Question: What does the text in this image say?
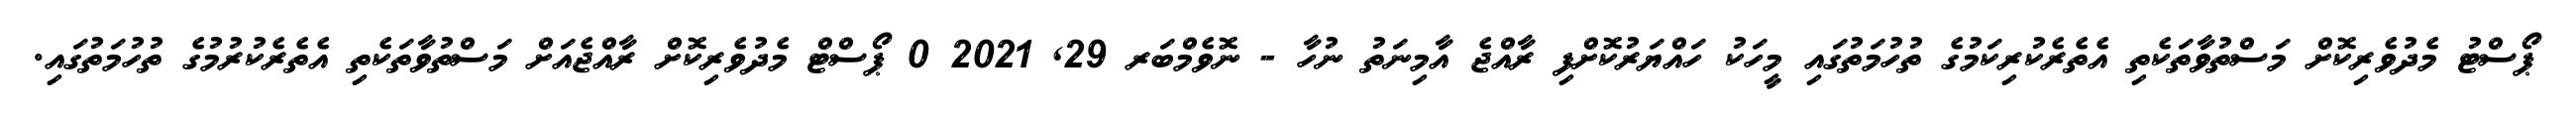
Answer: ޕޯސްޓު މެދުވެރިކޮށް މަސްތުވާތަކެތި އެތެރެކުރިކަމުގެ ތުހުމަތުގައި މީހަކު ހައްޔަރުކޮށްފި ރާއްޖެ އާމިނަތު ނުހާ - ނޮވެމްބަރ 29, 2021 0 ޕޯސްޓް މެދުވެރިކޮށް ރާއްޖެއަށް މަސްތުވާތަކެތި އެތެރެކުރުމުގެ ތުހުމަތުގައި.